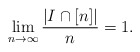
\begin{align*}\lim_{n\to\infty} \dfrac{|I\cap[n]|}{n}=1.\end{align*}